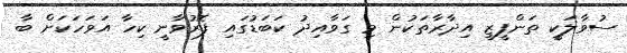
ސުވާލަކީ ތަންފީޒީ އިދާރާތަކުން މި ގަވާއިދު ކަބަޑުގައި ފޮރުވާނީ ކިހާ އަވަހަކަށް ބާ